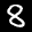
Label: 8